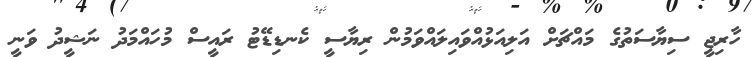
ހާރިޖީ ސިޔާސަތުގެ މައްޗަށް އަލިއަޅުއްވައިލައްވަމުން ރިޔާސީ ކެނޑިޑޭޓު ރައީސް މުހައްމަދު ނަޝީދު ވަނީ